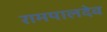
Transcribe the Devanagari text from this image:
रामपालदेव